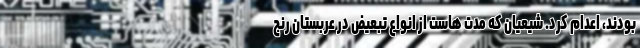
بودند، اعدام کرد. شیعیان که مدت هاست از انواع تبعیض در عربستان رنج